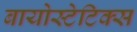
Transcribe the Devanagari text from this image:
बायोस्टेटिक्स